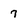
Character: 7